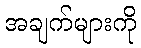
အချက်များကို